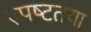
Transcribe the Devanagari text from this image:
स्‍पष्‍टतया